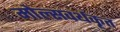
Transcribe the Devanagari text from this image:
मोल्सवर्थकृत